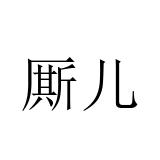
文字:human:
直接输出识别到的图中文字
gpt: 厮儿